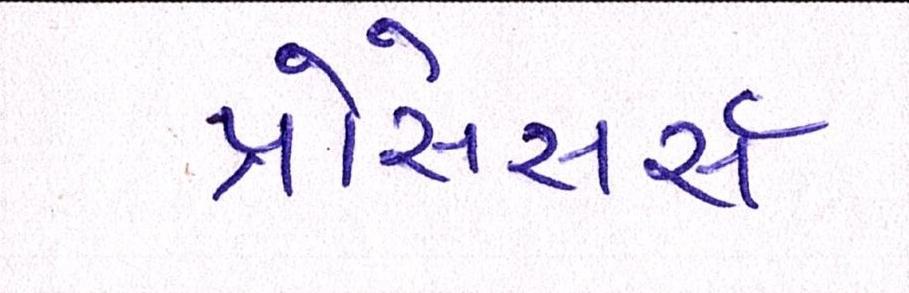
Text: પ્રોસેસર્સ